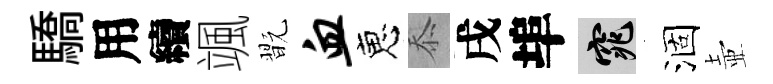
驕用續颯翫血恵忝戌埠窕涸壺